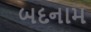
બદનામ